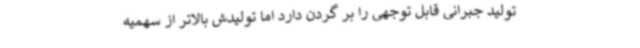
تولید جبرانی قابل توجهی را بر گردن دارد اما تولیدش بالاتر از سهمیه